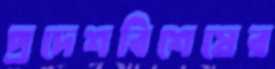
প্রদেশবিশেষের